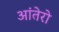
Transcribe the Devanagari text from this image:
आंतेरो